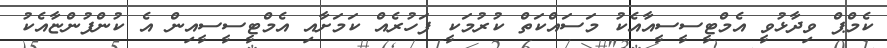
ކެމްޕް ވިދާޅުވީ އެމްޓީސީސީއާއެކު މަސައްކަތް ކުރުމަކީ ފަހުރެއް ކަމަށާއި އެމްޓީސީސީއިން އެ ކުންފުންޏާއެކު